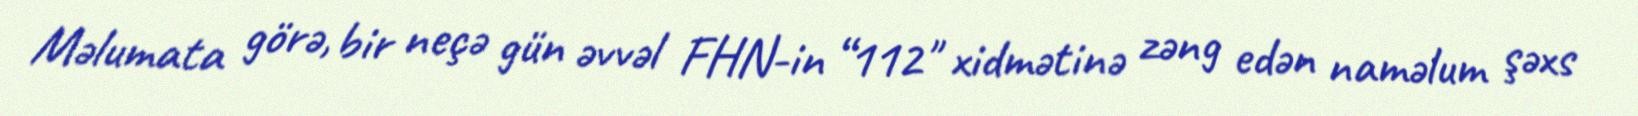
Məlumata görə, bir neçə gün əvvəl FHN-in “112" xidmətinə zəng edən naməlum şəxs